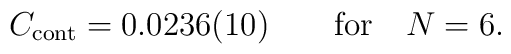
C_{\rm cont} = 0.0236(10) \qquad {\rm for}\quad N=6.